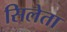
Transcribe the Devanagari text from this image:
सिलेता